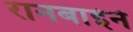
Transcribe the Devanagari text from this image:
रानबाईने